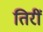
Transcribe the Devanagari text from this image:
तिरीं